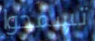
تسمحوا